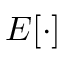
E [ \cdot ]